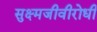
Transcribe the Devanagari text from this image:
सुक्ष्मजीवीरोधी